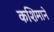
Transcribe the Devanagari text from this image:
कशिमाने